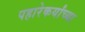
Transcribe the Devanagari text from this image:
पहारेकर्यांच्या